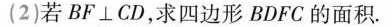
(2)若BF⊥CD，求四边形BDFC的面积.